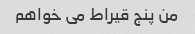
من پنج قیراط می خواهم